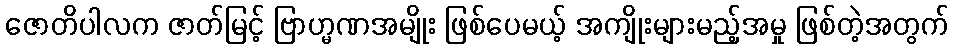
ဇောတိပါလက ဇာတ်မြင့် ဗြာဟ္မဏအမျိုး ဖြစ်ပေမယ့် အကျိုးများမည့်အမှု ဖြစ်တဲ့အတွက်